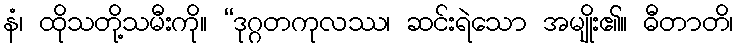
နံ၊ ထိုသတို့သမီးကို။ “ဒုဂ္ဂတကုလဿ၊ ဆင်းရဲသော အမျိုး၏။ ဓီတာတိ၊